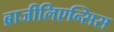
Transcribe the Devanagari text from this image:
ब्राजीलिएन्सिस